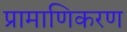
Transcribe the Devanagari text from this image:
प्रामाणिकरण